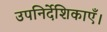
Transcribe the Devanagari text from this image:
उपनिर्देशिकाएँ।